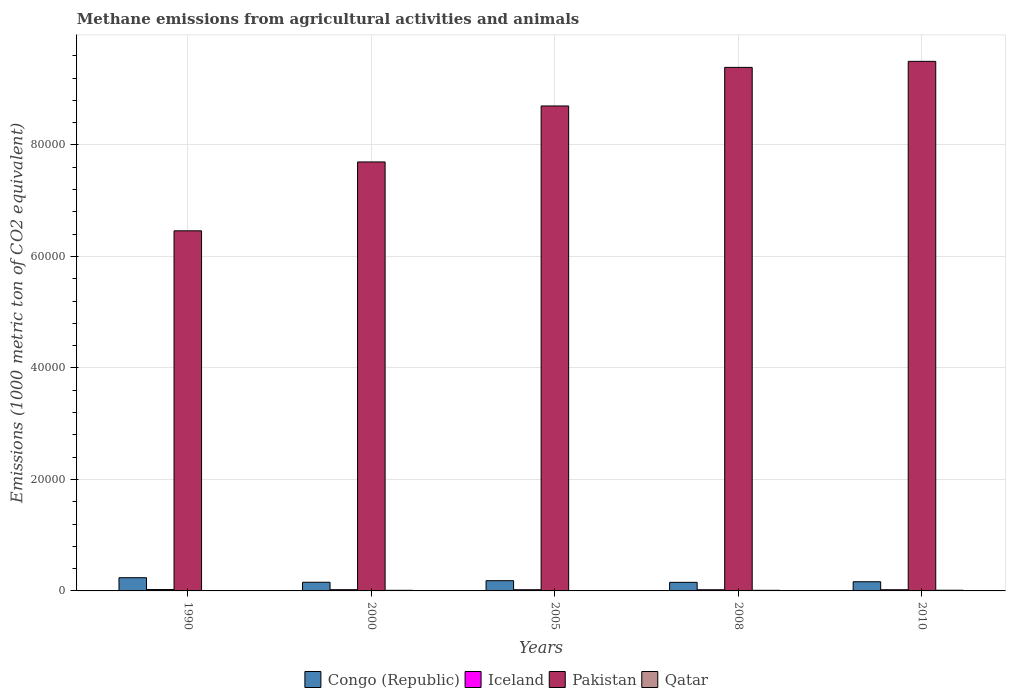
| Years | Congo (Republic) | Iceland | Pakistan | Qatar |
 | --- | --- | --- | --- | --- |
 | 1990 | 2.37e+03 | 245 | 6.46e+04 | 63.8 |
 | 2000 | 1.55e+03 | 224 | 7.69e+04 | 112 |
 | 2005 | 1.84e+03 | 215 | 8.7e+04 | 67.4 |
 | 2008 | 1.54e+03 | 209 | 9.39e+04 | 110 |
 | 2010 | 1.65e+03 | 212 | 9.5e+04 | 126 |